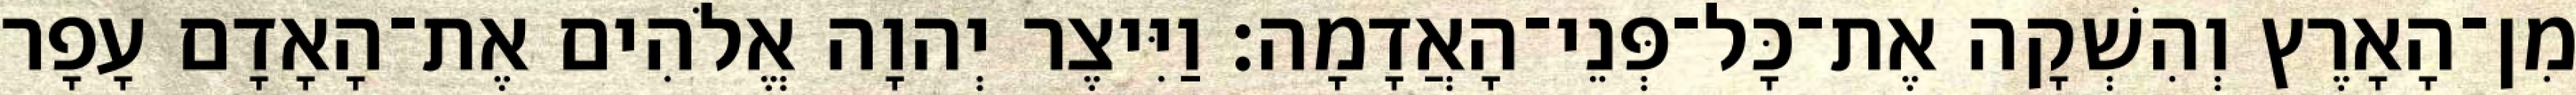
מִן־הָאָרֶץ וְהִשְׁקָה אֶת־כָּל־פְּנֵי־הָאֲדָמָה׃ וַיִּיצֶר יְהוָה אֱלֹהִים אֶת־הָאָדָם עָפָר